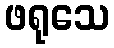
ဖရုသေ